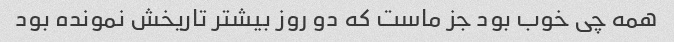
همه چی خوب بود جز ماست که دو روز بیشتر تاریخش نمونده بود